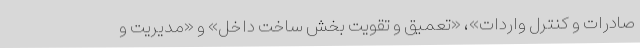
صادرات و کنترل واردات»، «تعمیق و تقویت بخش ساخت داخل» و «مدیریت و